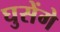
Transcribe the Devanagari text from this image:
घुसेंगे